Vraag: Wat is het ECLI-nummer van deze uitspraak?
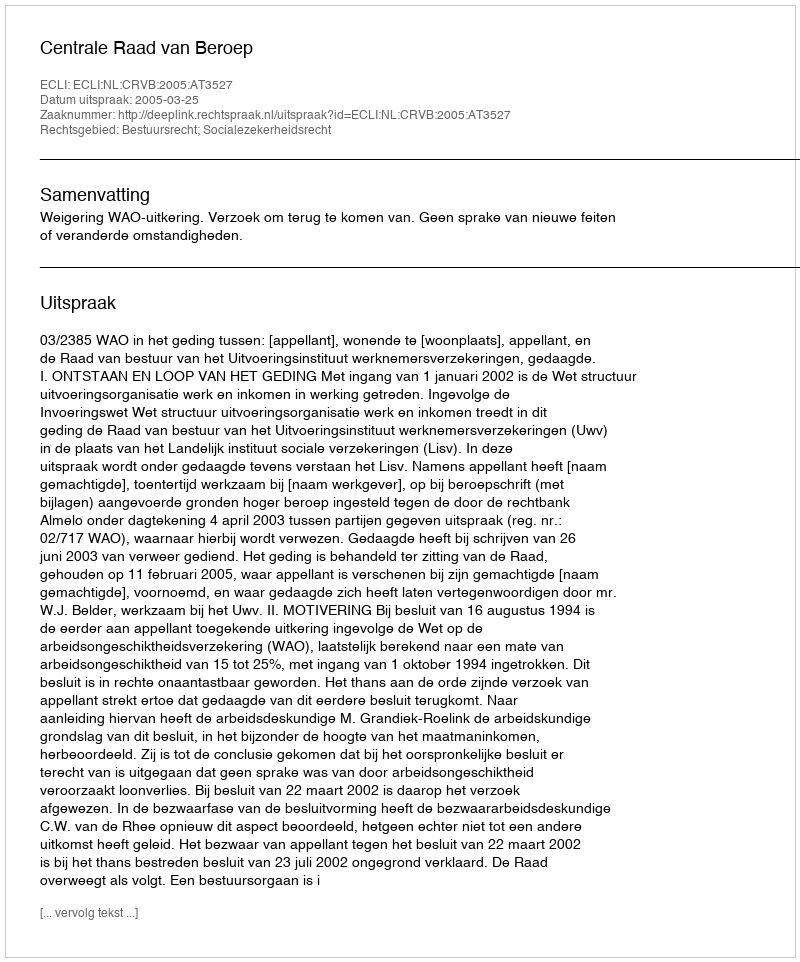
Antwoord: ECLI:NL:CRVB:2005:AT3527